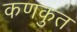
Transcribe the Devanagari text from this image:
कणकुत